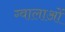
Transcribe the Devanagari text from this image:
ग्वालाओं